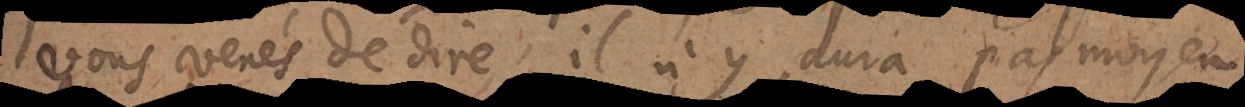
vous venés de dire, il n’y aura pas moyen